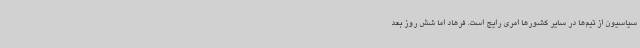
سیاسیون از تیم‌ها در سایر کشورها امری رایج است. فرهاد اما شش روز بعد